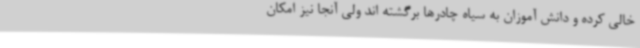
خالی کرده و دانش آموزان به سیاه چادرها برگشته اند ولی آنجا نیز امکان